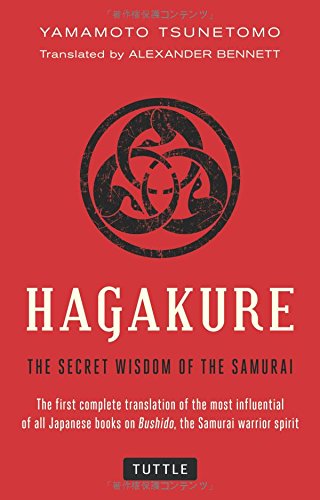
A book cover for Hagakure: The Secret Wisdom of the Samurai; Yamamoto Tsunetomo; History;